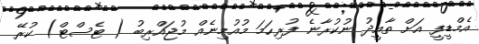
އެމްޑީފީ އަށް ތާއީދު ނުކުރާނެ ފުރިހަމަ މުއުމިނެއް މުޖައްރިބު ( ޓެސްޓް) ކުރޭ